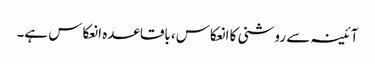
آئینہ سے روشنی کا انعکاس، باقاعدہ انعکاس ہے۔